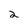
Character: 2